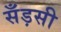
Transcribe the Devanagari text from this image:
सँड़सी